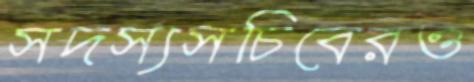
সদস্যসচিবেরও